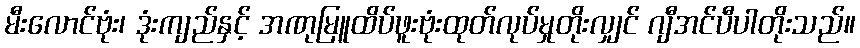
မီးလောင်ဗုံး၊ ဒုံးကျည်နှင့် အဏုမြူထိပ်ဖူးဗုံးထုတ်လုပ်မှုတိုးလျှင် ဂျီအင်ပီပါတိုးသည်။